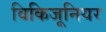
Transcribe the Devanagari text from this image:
विकिजूनियर